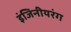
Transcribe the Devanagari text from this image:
इंजिनीयरंग